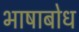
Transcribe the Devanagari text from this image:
भाषाबोध